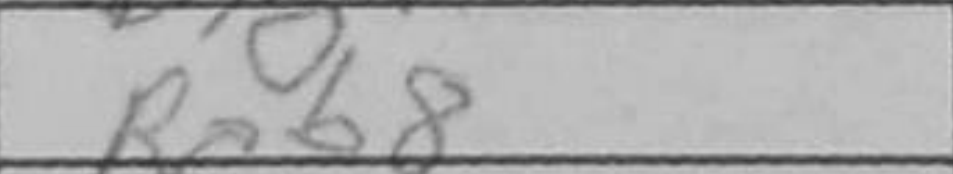
Transcription: Reb8